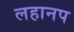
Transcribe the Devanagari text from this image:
लहानप